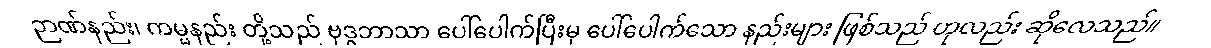
ဉာဏ်နည်း၊ ကမ္မနည်း တို့သည် ဗုဒ္ဓဘာသာ ပေါ်ပေါက်ပြီးမှ ပေါ်ပေါက်သော နည်းများ ဖြစ်သည် ဟုလည်း ဆိုလေသည်။